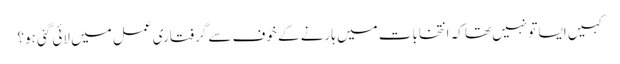
کہیں ایسا تو نہیں تھا کہ انتخابات میں ہارنے کے خوف سے گرفتاری عمل میں لائی گئی ہو؟